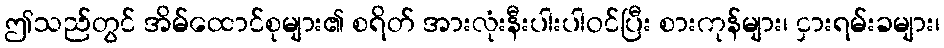
ဤသည်တွင် အိမ်ထောင်စုများ၏ စရိတ် အားလုံးနီးပါးပါဝင်ပြီး စားကုန်များ၊ ငှားရမ်းခများ၊